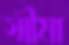
স্মীমা